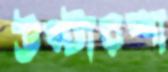
উস্টারশা